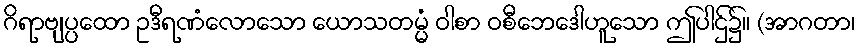
ဂိရာဗျပ္ပထော ဥဒီရဏံလောသော ယောသတမ္မံ ဝါစာ ဝစီဘေဒေါဟူသော ဤပါဌ်၌။ (အာဂတာ၊